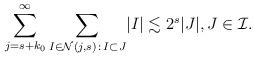
LaTeX: \begin{align*}\sum_{j = s+k_0} ^{\infty } \sum_{I\in \mathcal N (j,s) \,:\, I\subset J} \lvert I\rvert \lesssim 2 ^{s} \lvert J\rvert , J \in \mathcal I. \end{align*}